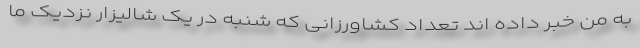
به من خبر داده اند تعداد کشاورزانی که شنبه در یک شالیزار نزدیک ما